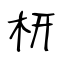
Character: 枅